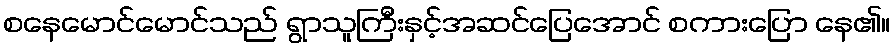
စနေမောင်မောင်သည် ရွာသူကြီးနှင့်အဆင်ပြေအောင် စကားပြော နေ၏။